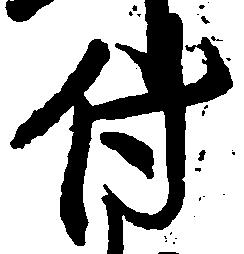
付